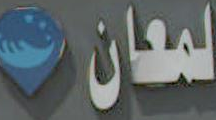
لمعانت